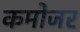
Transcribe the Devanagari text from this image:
कमोजर